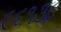
૯૬૧૩૮